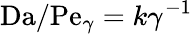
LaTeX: \mathrm{Da}/\mathrm{Pe}_{\gamma}=k\gamma^{-1}